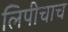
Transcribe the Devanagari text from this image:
लिपीचाच